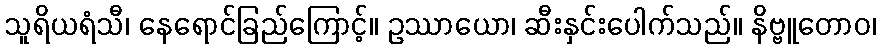
သူရိယရံသီ၊ နေရောင်ခြည်ကြောင့်။ ဥဿာယော၊ ဆီးနှင်းပေါက်သည်။ နိဗ္ဗူတောဝ၊